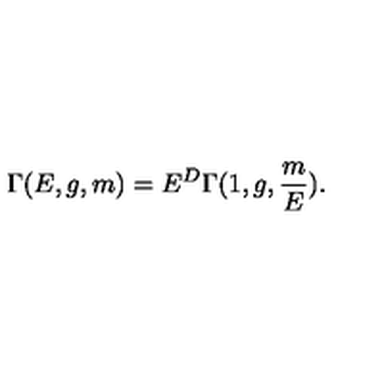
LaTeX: \Gamma ( E , g , m ) = E ^ { D } \Gamma ( 1 , g , \frac { m } { E } ) .